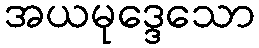
အယမုဒ္ဒေသော